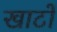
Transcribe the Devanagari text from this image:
खाटों